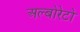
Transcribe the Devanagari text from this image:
अल्बोरेटो